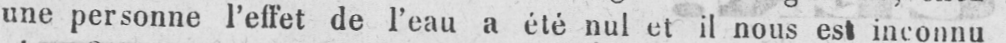
une personne l’effet de l’eau a été nul et il nous est inconnu